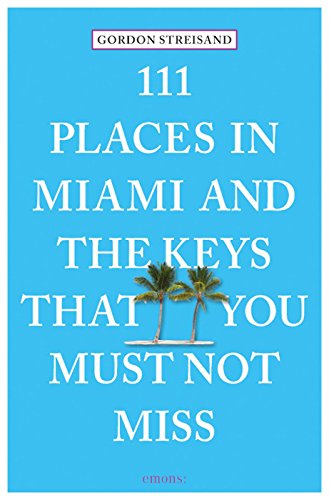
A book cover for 111 Places in Miami and the Keys That You Must Not Miss; Gordon Streisand; Travel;